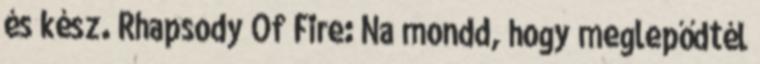
és kész. Rhapsody Of Fire: Na mondd, hogy meglepődtél